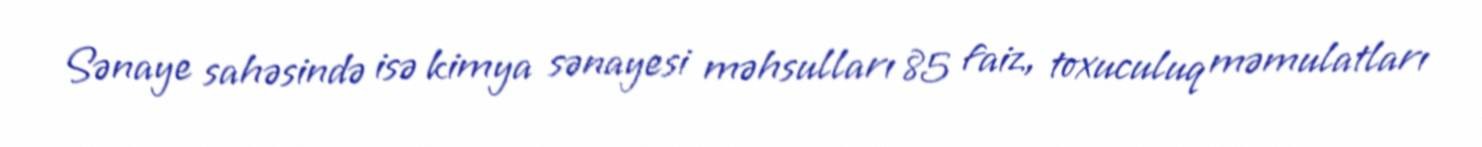
Sənaye sahəsində isə kimya sənayesi məhsulları 85 faiz, toxuculuq məmulatları